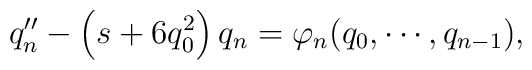
q_n^{\prime\prime}-\left(s+6q_0^2\right) q_n= \varphi_n(q_0,\cdots,q_{n-1}),